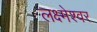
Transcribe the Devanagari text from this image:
लक्ष्मेश्‍वर